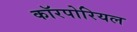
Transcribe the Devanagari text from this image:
कॉरपोरियल